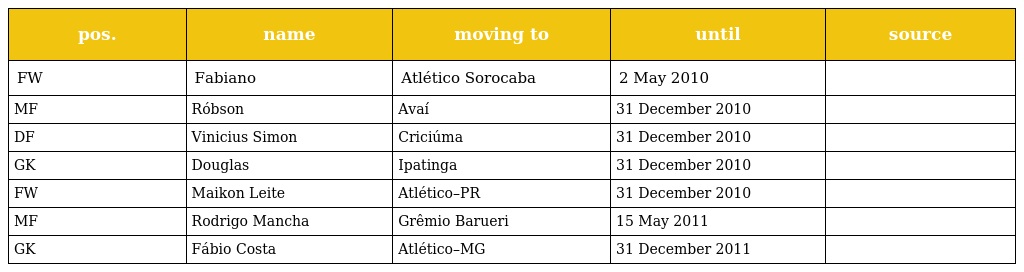
| pos. | name | moving to | until | source |
 | --- | --- | --- | --- | --- |
 | FW | Fabiano | Atlético Sorocaba | 2 May 2010 |  |
 | MF | Róbson | Avaí | 31 December 2010 |  |
 | DF | Vinicius Simon | Criciúma | 31 December 2010 |  |
 | GK | Douglas | Ipatinga | 31 December 2010 |  |
 | FW | Maikon Leite | Atlético–PR | 31 December 2010 |  |
 | MF | Rodrigo Mancha | Grêmio Barueri | 15 May 2011 |  |
 | GK | Fábio Costa | Atlético–MG | 31 December 2011 |  |